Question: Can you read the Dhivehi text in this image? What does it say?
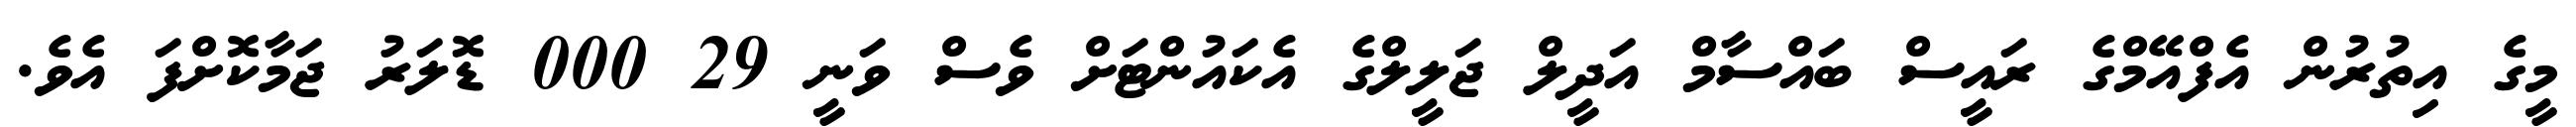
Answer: މީގެ އިތުރުން އެފްއޭމްގެ ރައީސް ބައްސާމް އަދީލް ޖަލީލްގެ އެކައުންޓަށް ވެސް ވަނީ 29 000 ޑޮލަރު ޖަމާކޮށްފަ އެވެ.